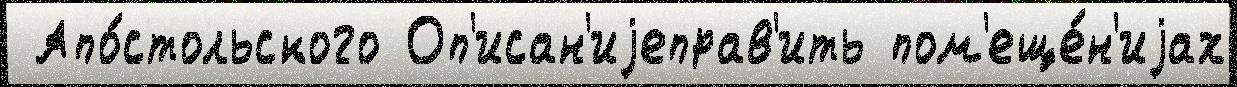
 Апо́стольского Оп'исан'иjеправ'ить пом'еще́н'иjах